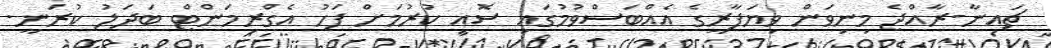
ޗައިނާ-ރާއްޖެ މިނިވަން ވިޔަފާރީގެ އެއްބަސްވުމުގައި ސޮއި ކުރުމަށް ފަހު އެގްރިމަންޓް ބަދަލު ކުރަނީ.